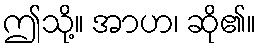
ဤသို့။ အာဟ၊ ဆို၏။